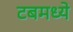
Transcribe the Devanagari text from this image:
टबमध्ये